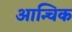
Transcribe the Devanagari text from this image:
आन्चिक